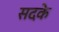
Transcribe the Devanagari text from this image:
सदके